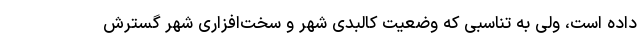
داده است، ولی به تناسبی که وضعیت کالبدی شهر و سخت‌افزاری شهر گسترش